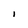
Character: I